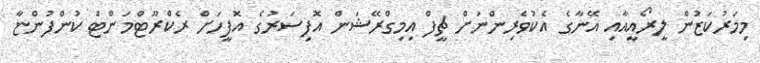
މިމަރުކަޒުން ލީރޯއީއާއި އޭނާގެ އެކުވެރިންނަށް ޗީފް އިމިގްރޭޝަން އޮފިސަރުގެ އޮފީހަށް ރެކްރޫޓްމަންޓް ކުންފުންޏާ